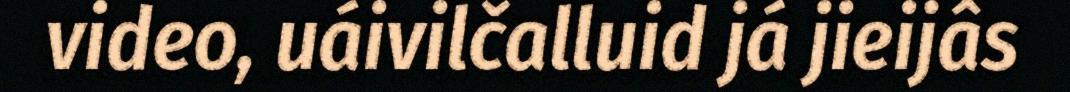
video, uáivilčalluid já jieijâs